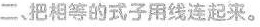
二把相等的式子用线连起来。